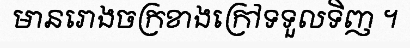
មានរោងចក្រខាងក្រៅទទួលទិញ ។